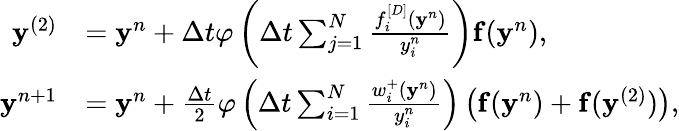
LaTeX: \begin{array}{rl}{\mathbf y^{(2)}}&{=\mathbf y^{n}+\Delta t\varphi\left(\Delta t\sum_{j=1}^{N}\frac{f_{i}^{[D]}(\mathbf y^{n})}{y_{i}^{n}}\right)\mathbf f(\mathbf y^{n}),}\\ {\mathbf y^{n+1}}&{=\mathbf{y}^{n}+\frac{\Delta t}{2}\varphi\left(\Delta t\sum_{i=1}^{N}\frac{w_{i}^{+}(\mathbf y^{n})}{y_{i}^{n}}\right)\left(\mathbf{f}(\mathbf y^{n})+\mathbf f(\mathbf y^{(2)})\right),}\end{array}